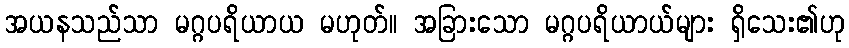
အယနသည်သာ မဂ္ဂပရိယာယ မဟုတ်။ အခြားသော မဂ္ဂပရိယာယ်များ ရှိသေး၏ဟု